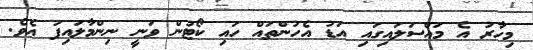
މިހާރު އެ މައްސަލައިގައި އަޑު އެހުންތައް ހައި ކޯޓުން ވަނީ ނިންމާލައިފަ އެވެ.